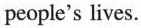
people's lives.